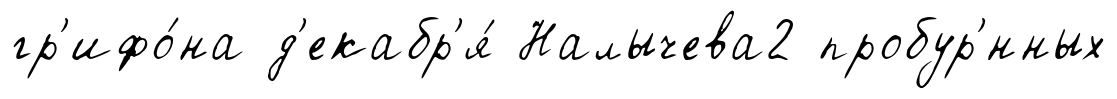
гр'ифо́на д'екабр'я́ Налычева2 пробур'́нных